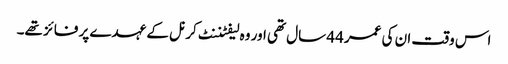
اس وقت ان کی عمر 44 سال تھی اور وہ لیفٹننٹ کرنل کے عہدے پر فائز تھے۔